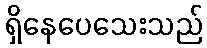
ရှိနေပေသေးသည်